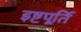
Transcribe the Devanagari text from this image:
इष्टपूर्ति